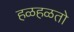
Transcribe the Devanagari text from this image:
हळहळतो